Report on vaccination in Madras 1904-1921 - 1904-1921
Year: 1904
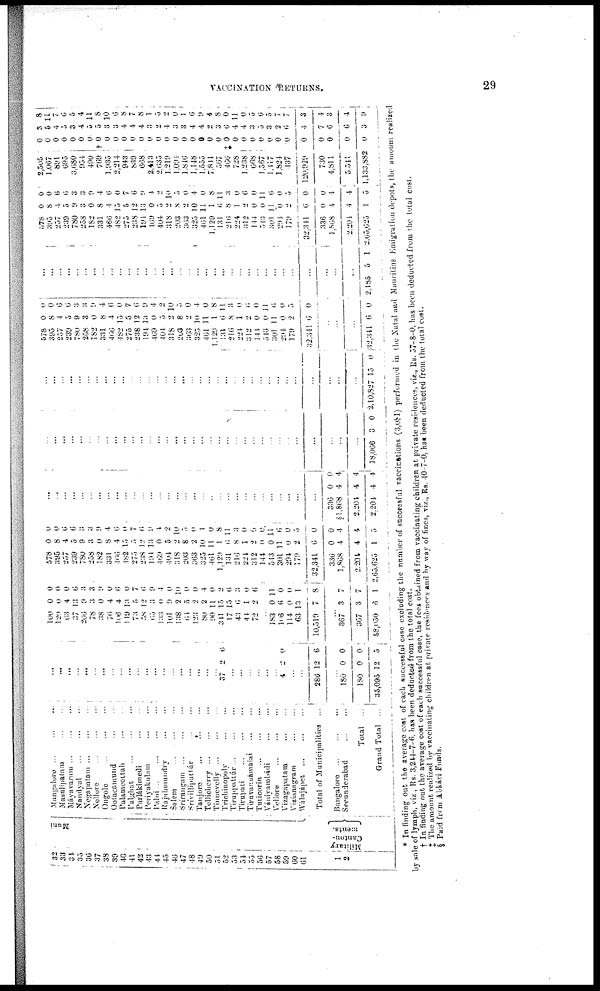
VACCINATION RETURNS.
29
32
33
34
35
36
37
38
39
40
41
42
43
44
45
46
47
48
49
50
51
52
53
54
55
56
57
58
59
60
61
1
2
Muni
Mi l
i
t
ar y
Ca nt on-
ments.
Mangalore ...
...
...
Masulipatam
...
...
Máyavarum ... ... ...
Nandyal
...
...
...
Negapatam ... ...
Nellore
...
...
...
Ongole
...
...
...
Ootacamund
...
...
Palamcottah
...
...
Palghat
...
...
...
Parlákimedi
...
...
Periyakulam ... ...
Palni
...
...
...
Rajahmundry ... ...
Salem
...
...
...
Srírangam ... ... ...
Srívilliputtúr
...
...
Tanjore
...
... ...
Tellicherry ... ... ...
Tinnevelly ... ... ...
Trichinopoly ... ...
Tiruppattúr...
...
...
Tirupati
...
...
...
Tiruvannámalai
...
...
Tuticorin ... ...
Vániymbádi ... ...
Vellore ... ...
Vizagapatam
...
...
Vizianagram ... ...
Wálajápet
...
...
...
Total of Municipalities ...
Bangalore
...
...
...
Secunderabad
...
...
Total
...
Grand Total ...
...
...
...
...
...
...
...
...
...
...
...
...
...
...
...
...
...
...
...
...
37 2 6
...
...
...
...
...
...
4 2 0
...
...
286 12 6
...
180
180
35,095
0
0
12
0
0
5
100
120
63
37
266
78
38
76
106
119
73
58
65
133
101
138
64
123
80
90
341
17
43
44
72
0
0
4
13
9
3
0
4
4
13
5
12
3
0
9
2
5
2
2
11
15
15
6
1
2
0
0
0
6
3
3
9
0
6
0
7
6
9
4
0
10
0
0
4
0
2
6
3
0
6
...
183
106
114
63
10,519
0
6
0
13
7
11
0
0
1
8
...
367
367
58,050
3
3
6
7
7
1
578
395
257
239
780
258
182
331
466
182
275
238
191
469
404
318
203
363
325
461
1,129
131
216
224
312
144
543
301
294
179
32,341
336
1,868
2,204
2,65,625
0
8
4
5
9
3
0
8
4
15
5
12
13
0
5
2
8
2
10
11
1
6
8
1
2
0
0
11
0
2
6
0
4
4
1
0
0
0
6
3
3
9
4
6
0
7
6
9
4
2
10
5
0
1
0
8
11
3
0
6
0
11
6
0
5
0
0
4
4
5
...
...
...
...
...
...
...
...
...
...
...
...
...
...
...
...
...
...
...
...
...
...
...
...
...
...
...
...
...
...
336
§1,868
2,204
2,204
0
4
4
4
0
4
4
4
...
...
...
...
...
...
...
...
...
...
...
...
...
...
...
...
...
...
...
...
...
...
...
...
...
...
...
...
...
...
...
...
...
...
18,066 3 0
...
...
...
...
...
...
...
...
...
...
...
...
...
...
...
...
...
...
...
...
...
...
...
...
...
...
...
...
...
...
...
...
...
2,10,827 15 0
578
395
257
239
780
258
182
331
466
482
275
238
194
469
404
318
203
363
325
461
123
131
216
224
312
144
513
301
294
179
32,341
0
8
4
5
9
3
0
8
4
15
5
12
13
0
5
2
8
2
10
11
1
6
8
1
2
0
0
11
0
2
0
0
0
0
6
3
3
9
4
6
0
7
6
9
4
2
10
5
0
4
0
8
11
3
0
6
0
11
6
0
5
0
...
...
...
32,341 6 0
...
...
...
...
...
...
...
...
...
...
...
...
...
...
...
...
...
...
...
...
...
...
...
...
...
...
...
...
...
...
...
...
...
2,185 5 1
578
395
257
239
780
258
182
331
460
482
275
238
194
169
404
318
203
363
325
461
1,129
131
216
224
312
144
513
301
294
179
32,341
336
1,868
2,204
2,65,625
0
8
4
5
9
3
0
8
4
15
5
12
13
0
5
2
8
2
10
11
1
6
8
1
2
0
0
11
0
2
0
0
4
4
1
0
0
6
6
3
3
9
4
6
0
7
6
9
4
2
10
5
0
4
0
8
11
3
0
0
0
11
6
0
5
0
0
4
4
5
2,505
1,067
891
695
3,680
954
490
769
1,935
2,214
943
839
608
2,413
2,635
1,219
1,094
1,846
1,148
1,555
7,811
567
466
728
1,238
668
1,567
1,417
1,824
437
120,929
730
4,811
5,541
1,133,882
0
0
0
0
0
0
0
† 0
0
0
0
0
0
0
0
0
0
0
0
0
0
0
‡0 0
0
0
0
0
0
0
0
0
0
0
0
3
5
4
5
3
4
5
5
3
3
4
4
4
3
2
4
3
3
4
4
2
3
6
4
4
3
5
3
2
6
4
7
6
6
3
8
11
7
6
5
4
11
8
10
6
8
7
8
1
5
2
0
1
6
9
4
8
0
11 0
5
6
5
7 7
3
4
3
4
9
* In finding out the average cost of each successful case excluding the number of successful vaccinations (3,081) performed in the Natal and Mauritius Emigration depots, the amount realized
by sale of lymph, viz., Rs. 3,244-7-6. has been deducted from the total cost.
† In finding out the average cost of each successful case, the fees obtained from vaccinating children at private residences, vie., Rs. 57-8-0, has been deducted from the total cost.
‡ The amount realized by vaccinating children at private residences and by way of fines, viz., Rs. 40-7-0, has been deducted from the total cost.
§ Paid from Abkávi Funds.